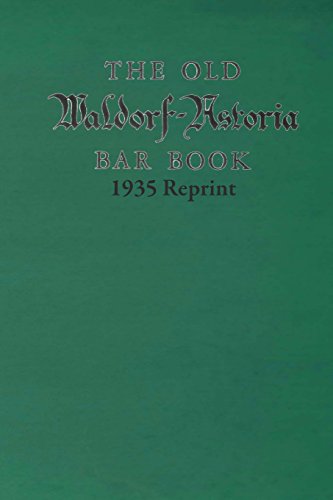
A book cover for The Old Waldorf Astoria Bar Book 1935 Reprint; Ross Bolton; Cookbooks, Food & Wine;